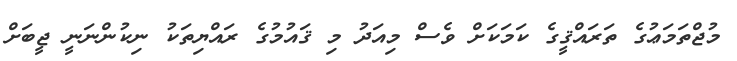
މުޖްތަމަޢުގެ ތަރައްޤީގެ ކަމަކަށް ވެސް މިއަދު މި ޤައުމުގެ ރައްޔިތަކު ނިކުންނަނީ ޖީބަށް